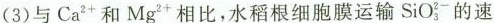
（3）与Ca^{2+}和Mg^{2+}相比，水稻根细胞膜运输SiO_{3}^{2-}的速